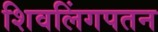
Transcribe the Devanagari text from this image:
शिवलिंगपतन